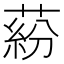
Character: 蒶